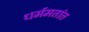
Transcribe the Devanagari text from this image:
धर्ममतांत